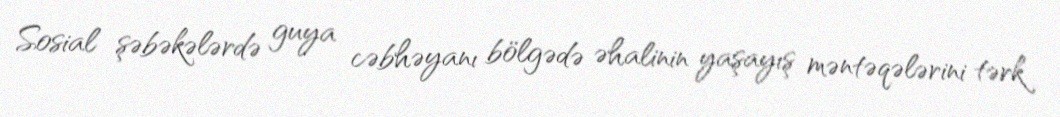
Sosial şəbəkələrdə guya cəbhəyanı bölgədə əhalinin yaşayış məntəqələrini tərk